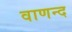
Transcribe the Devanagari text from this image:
वाणन्द